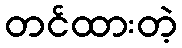
တင်ထားတဲ့